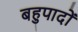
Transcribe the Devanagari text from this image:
बहुपादों